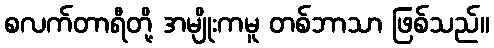
စလက်တာရီတို့ အမျိုးကမူ တစ်ဘာသာ ဖြစ်သည်။